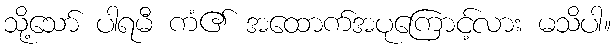
သို့သော် ပါရမီ ကံ၏ အထောက်အပုကြောင့်လား မသိပါ။